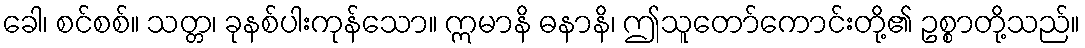
ခေါ၊ စင်စစ်။ သတ္တ၊ ခုနစ်ပါးကုန်သော။ ဣမာနိ ဓနာနိ၊ ဤသူတော်ကောင်းတို့၏ ဥစ္စာတို့သည်။